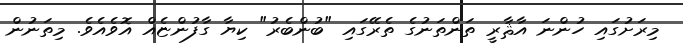
މިރަށުގައި ހުންނަ އާޘާރީ ތަންތަނުގެ ތެރޭގައި "ބުންބެރު" ކިޔާ ގާފުންޏެއް އޮވެއެވެ. މިތަނުން